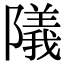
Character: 䧧